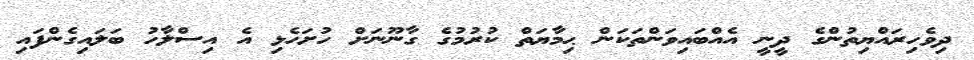
ދިވެހިރައްޔިތުންގެ ދީނީ އެއްބައިވަންތަކަން ޙިމާޔަތް ކުރުމުގެ ގާނޫނަށް ހުށަހެޅި އެ އިސްލާހު ބަލައިގެންފައި